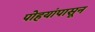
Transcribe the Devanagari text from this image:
पोहयांपासून